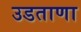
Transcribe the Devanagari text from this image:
उडताणा